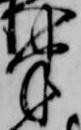
半